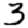
Digit: 3